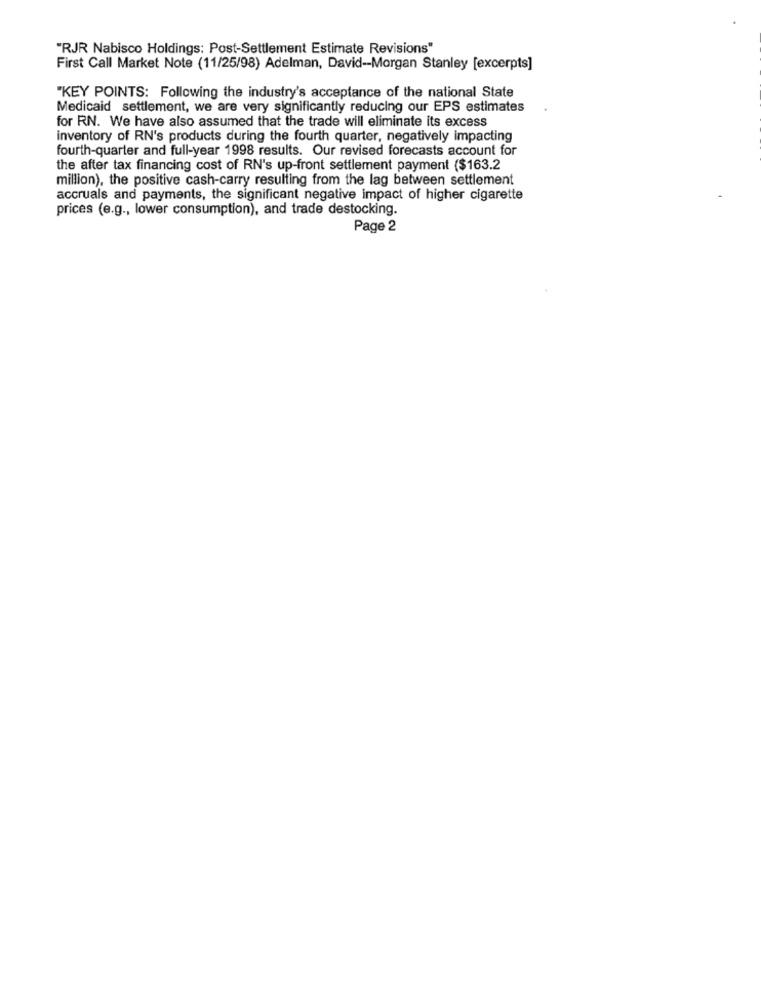
"RJR Nabisco Holdings: Post-Settlement Estimate Revisions"
First Call Market Note (11/25/98) Adelman, David -- Morgan Stanley [excerpts]
"KEY POINTS: Following the industry's acceptance of the national State
Medicaid settlement, we are very significantly reducing our EPS estimates
for RN. We have also assumed that the trade will eliminate its excess
inventory of RN's products during the fourth quarter, negatively impacting
fourth-quarter and full-year 1998 results. Our revised forecasts account for
the after tax financing cost of RN's up-front settlement payment ($163.2
million), the positive cash-carry resulting from the lag between settlement
accruals and payments, the significant negative impact of higher cigarette
prices (e.g ., lower consumption), and trade destocking.
Page 2